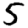
Digit: 5